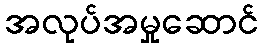
အလုပ်အမှုဆောင်